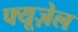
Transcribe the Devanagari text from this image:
फ्यूज़ेल